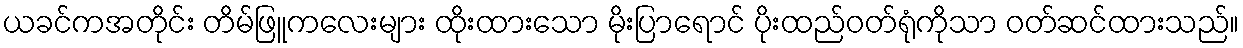
ယခင်ကအတိုင်း တိမ်ဖြူကလေးများ ထိုးထားသော မိုးပြာရောင် ပိုးထည်ဝတ်ရုံကိုသာ ဝတ်ဆင်ထားသည်။